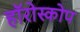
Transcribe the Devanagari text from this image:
हॉरोस्कोप